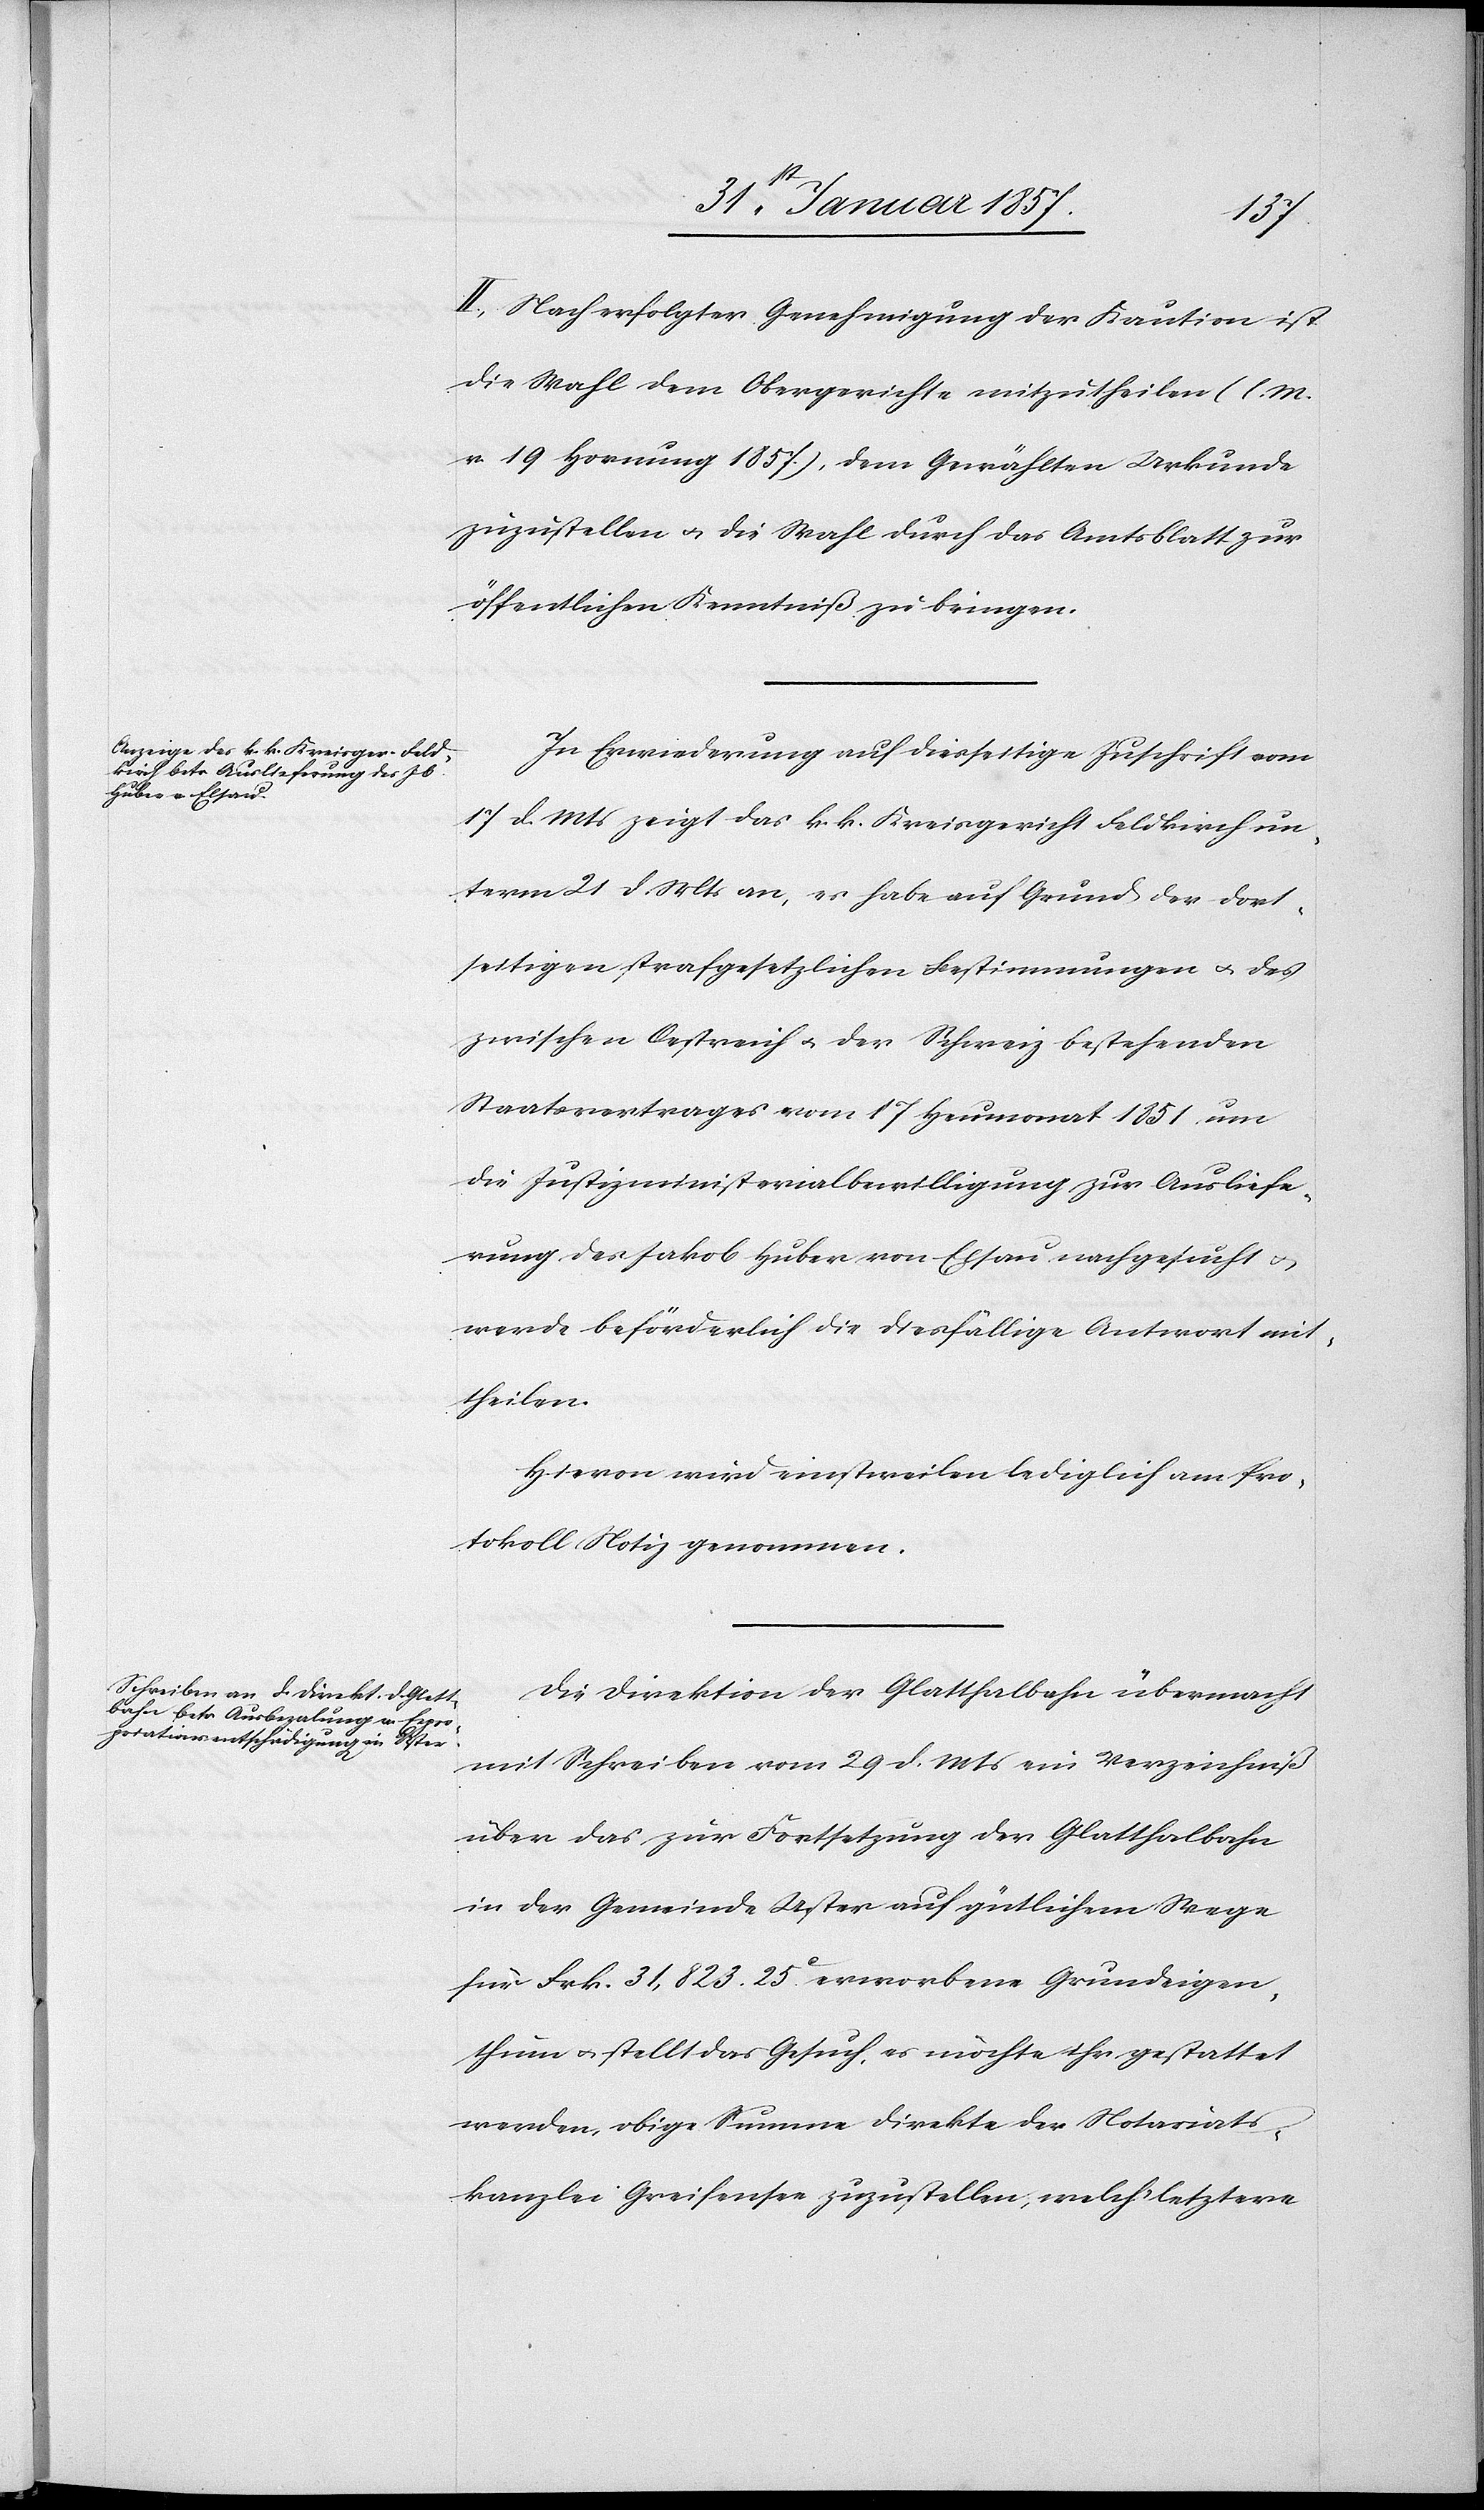
II. Nach erfolgter Genehmigung der Kaution ist
die Wahl dem Obergerichte mitzutheilen (l. M.
v. 19 Hornung 1857.), dem Gewählten Urkunde
zuzustellen u. die Wahl durch das Amtsblatt zur
öffentlichen Kenntniß zu bringen.
In Erwiederung auf diesseitige Zuschrift vom
17 d. Mts zeigt das k. k. Kreisgericht Feldkirch un¬
term 21 d. Mts an, es habe auf Grund der dort¬
seitigen strafgesetzlichen Bestimmungen u. des
zwischen Oestreich u. der Schweiz bestehenden
Staatsvertrages vom 17 Heumonat 1851 um
die Justizministerialbewilligung zur Ausliefe¬
rung des Jakob Huber von Elsau nachgesucht &
werde beförderlich die diesfällige Antwort mit¬
theilen.
Hievon wird einstweilen lediglich am Pro¬
tokoll Notiz genommen.
Die Direktion der Glatthalbahn übermacht
mit Schreiben vom 29 d. Mts ein Verzeichniß
über das zur Fortsetzung der Glatthalbahn
in der Gemeinde Uster auf gütlichem Wege
für Frk. 31,823. 25 c erworbene Grundeigen¬
thum & stellt das Gesuch, es möchte ihr gestattet
werden, obige Summe direkte der Notariats¬
kanzlei Greifensee zuzustellen, welche letztere